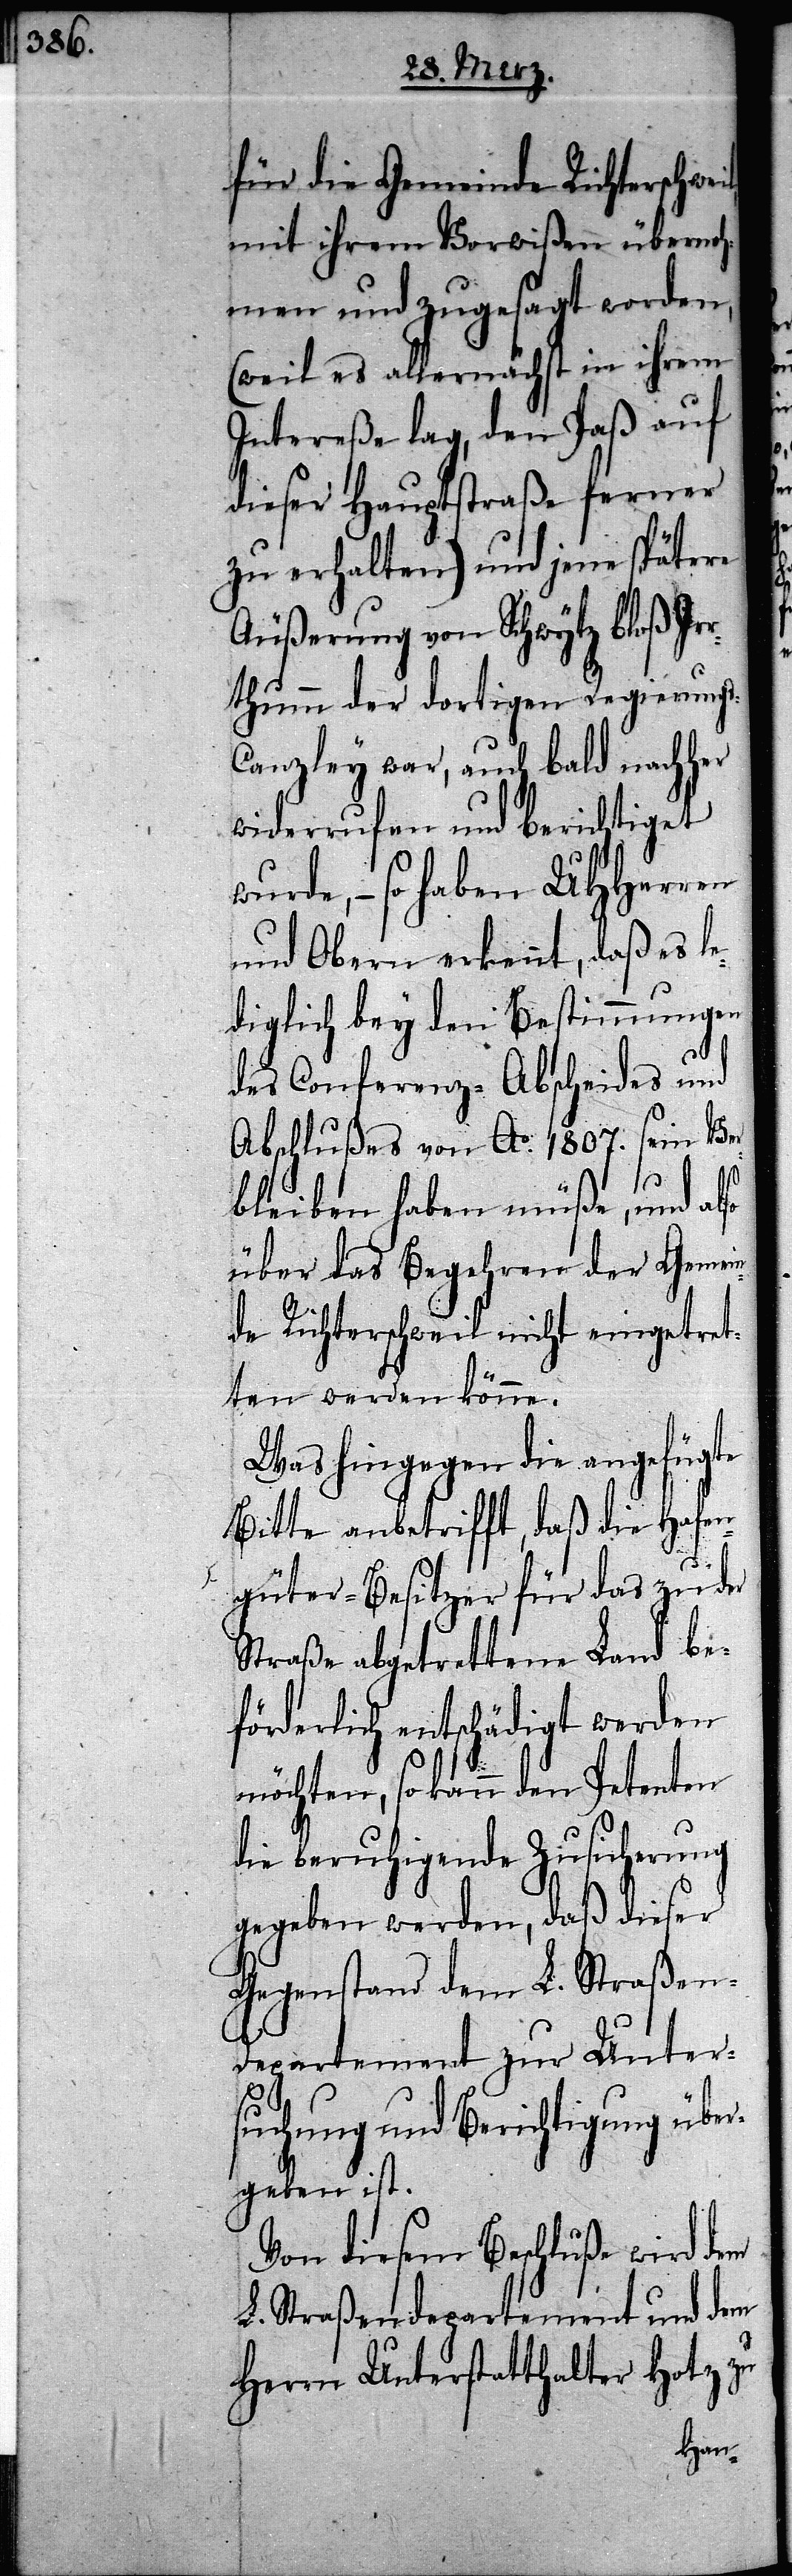
l,

für die Gemeinde Richterschwei¬
mit ihrem Vorwißen übernoh¬
men und zugesagt worden,
(weil es allernächst in ihrem
Intereße lag, den Paß auf
dieser Hauptstraße ferner
zu erhalten) und jene spätere
Äußerung von Schwytz bloß Ir¬
rthumm der dortigen Regierungs-C¬
anzley war, auch bald nachher
widerrufen und berichtiget
wurde, – so haben UHHerren
und Obern erkennt, daß es le¬
diglich bey den Bestimmungen
des Conferenz-Abscheides und
Abschlußes von Ao. 1807. sein Ver¬
bleiben haben müße, und also
über das Begehren der Gemei¬
nde Richterschweil nicht eingetre¬
ten werden könne.
Was hingegen die angefügte
Bitte anbetrifft, daß die Hafen¬
güter-Besitzer für das zu der
Straße abgetrettene Land be¬
förderlich entschädigt werden
möchten, so kann den Petenten
die beruhigende Zusicherung
gegeben werden, daß dieser
Gegenstand dem L. Straßen-D¬
epartement zur Unter¬
suchung und Berichtigung über¬
geben ist.
Von diesem Beschluß wird dem
L. Straßendepartement und dem
Herrn Unterstatthalter Hotz zu